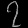
Digit: ၇